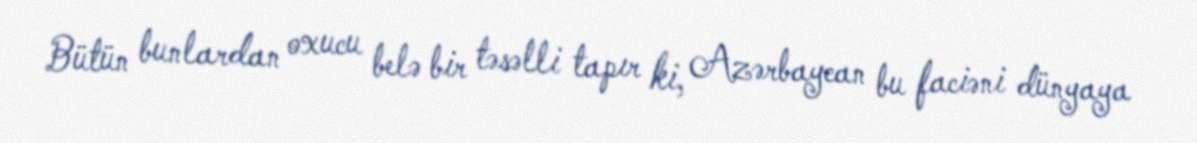
Bütün bunlardan oxucu belə bir təsəlli tapır ki, Azərbaycan bu faciəni dünyaya